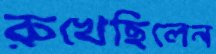
রুখেছিলেন